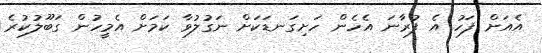
އެއަށް ފަހު އެ ފުރާނަ އެހެން ހަށިގަނޑަކަށް ނަގުލުވާ ކަމަށް އެމީހުން ގަބޫލުކުރެ